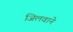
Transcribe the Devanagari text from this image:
जिलवाने